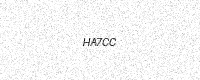
Text: HA7CC